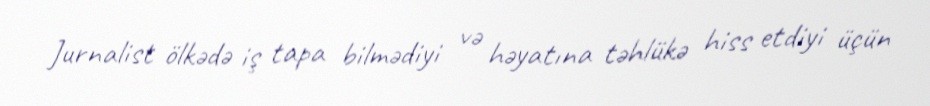
Jurnalist ölkədə iş tapa bilmədiyi və həyatına təhlükə hiss etdiyi üçün